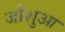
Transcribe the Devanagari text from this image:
जौशुआ